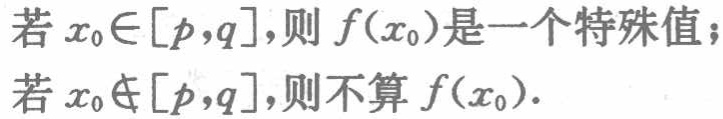
若 \(x_0\in[p,q]\)，则 \(f(x_0)\)是一个特殊值；

若 \(x_0\notin[p,q]\)，则不算 \(f(x_0)\)。